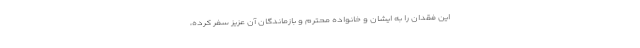
این فقدان را به ایشان و خانواده محترم و بازماندگان آن عزیز سفر کرده،